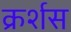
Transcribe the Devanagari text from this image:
क्रर्शस